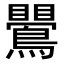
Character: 鷪